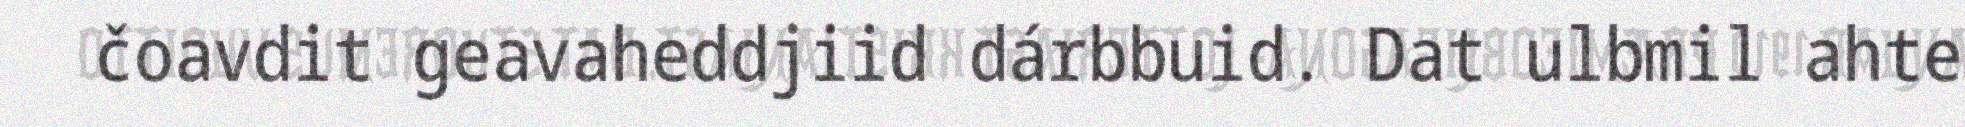
čoavdit geavaheddjiid dárbbuid. Dat ulbmil ahte